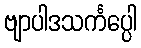
ဗျာပါဒသင်္ကပ္ပေါ